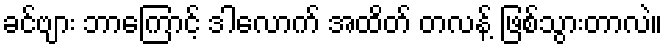
ခင်ဗျား ဘာကြောင့် ဒါလောက် အထိတ် တလန့် ဖြစ်သွားတာလဲ။